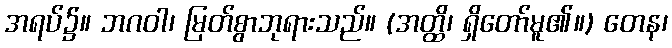
အရပ်၌။ ဘဂဝါ၊ မြတ်စွာဘုရားသည်။ (အတ္ထိ၊ ရှိတော်မူ၏။) တေန၊